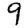
Digit: 9